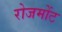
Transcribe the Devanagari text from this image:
रोजमोंट